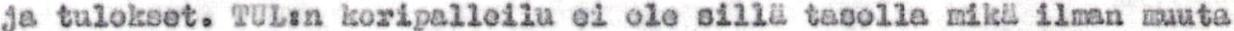
ja tulokset. TUL:n koripalloilu ei ole sillä tasolla mikä ilman muuta